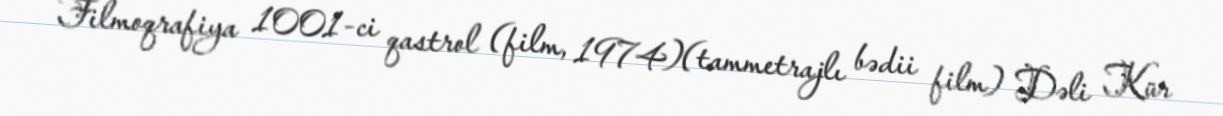
Filmoqrafiya 1001-ci qastrol (film, 1974)(tammetrajlı bədii film) Dəli Kür